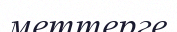
меттерге